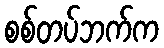
စစ်တပ်ဘက်က